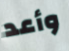
وأعد